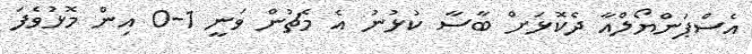
އެސްޕަންޔޯލްއާ ދެކޮޅަށް ބާސާ ކުޅުނު އެ މެޗުން ވަނީ 1-0 އިން މޮޅުވެފަ